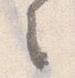
々